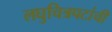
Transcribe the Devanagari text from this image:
लघुचित्रपटांची